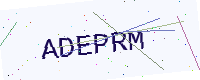
Text: ADEPRM